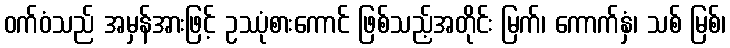
ဝက်ဝံသည် အမှန်အားဖြင့် ဥဿုံစားကောင် ဖြစ်သည့်အတိုင်း မြက်၊ ကောက်နှံ၊ သစ် မြစ်၊